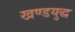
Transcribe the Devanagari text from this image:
खण्डयुद्ध